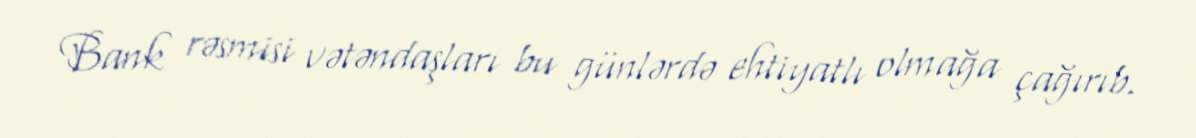
Bank rəsmisi vətəndaşları bu günlərdə ehtiyatlı olmağa çağırıb.